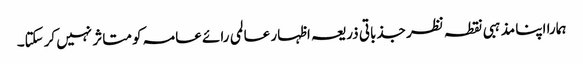
ہمارا اپنا مذہبی نقطہ نظر جذباتی ذریعہ اظہار عالمی رائے عامہ کو متاثر نہیں کرسکتا۔